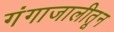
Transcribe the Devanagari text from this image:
गंगाजालीतून